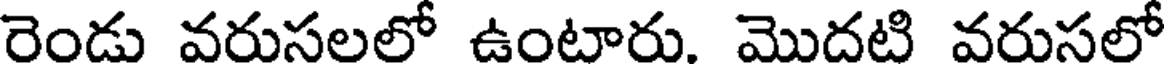
రెండు వరుసలలో ఉంటారు. మొదటి వరుసలో